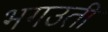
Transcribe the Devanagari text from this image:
भगउती